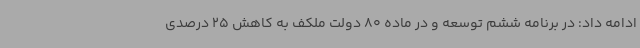
ادامه داد: در برنامه ششم توسعه و در ماده 80 دولت ملکف به کاهش 25 درصدی